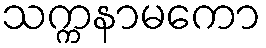
သက္ကနာမကော